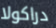
دراكولا